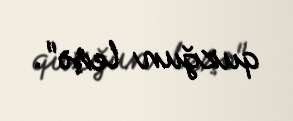
quzğun leşə".